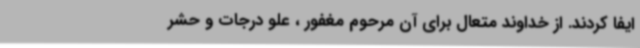
ایفا کردند. از خداوند متعال برای آن مرحوم مغفور ، علو درجات و حشر